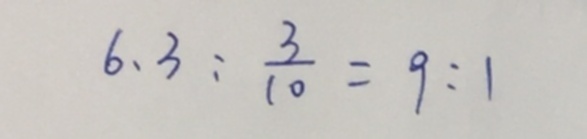
6 . 3 : \frac { 3 } { 1 0 } = 9 : 1